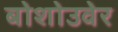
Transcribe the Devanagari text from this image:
बोशोउवेर